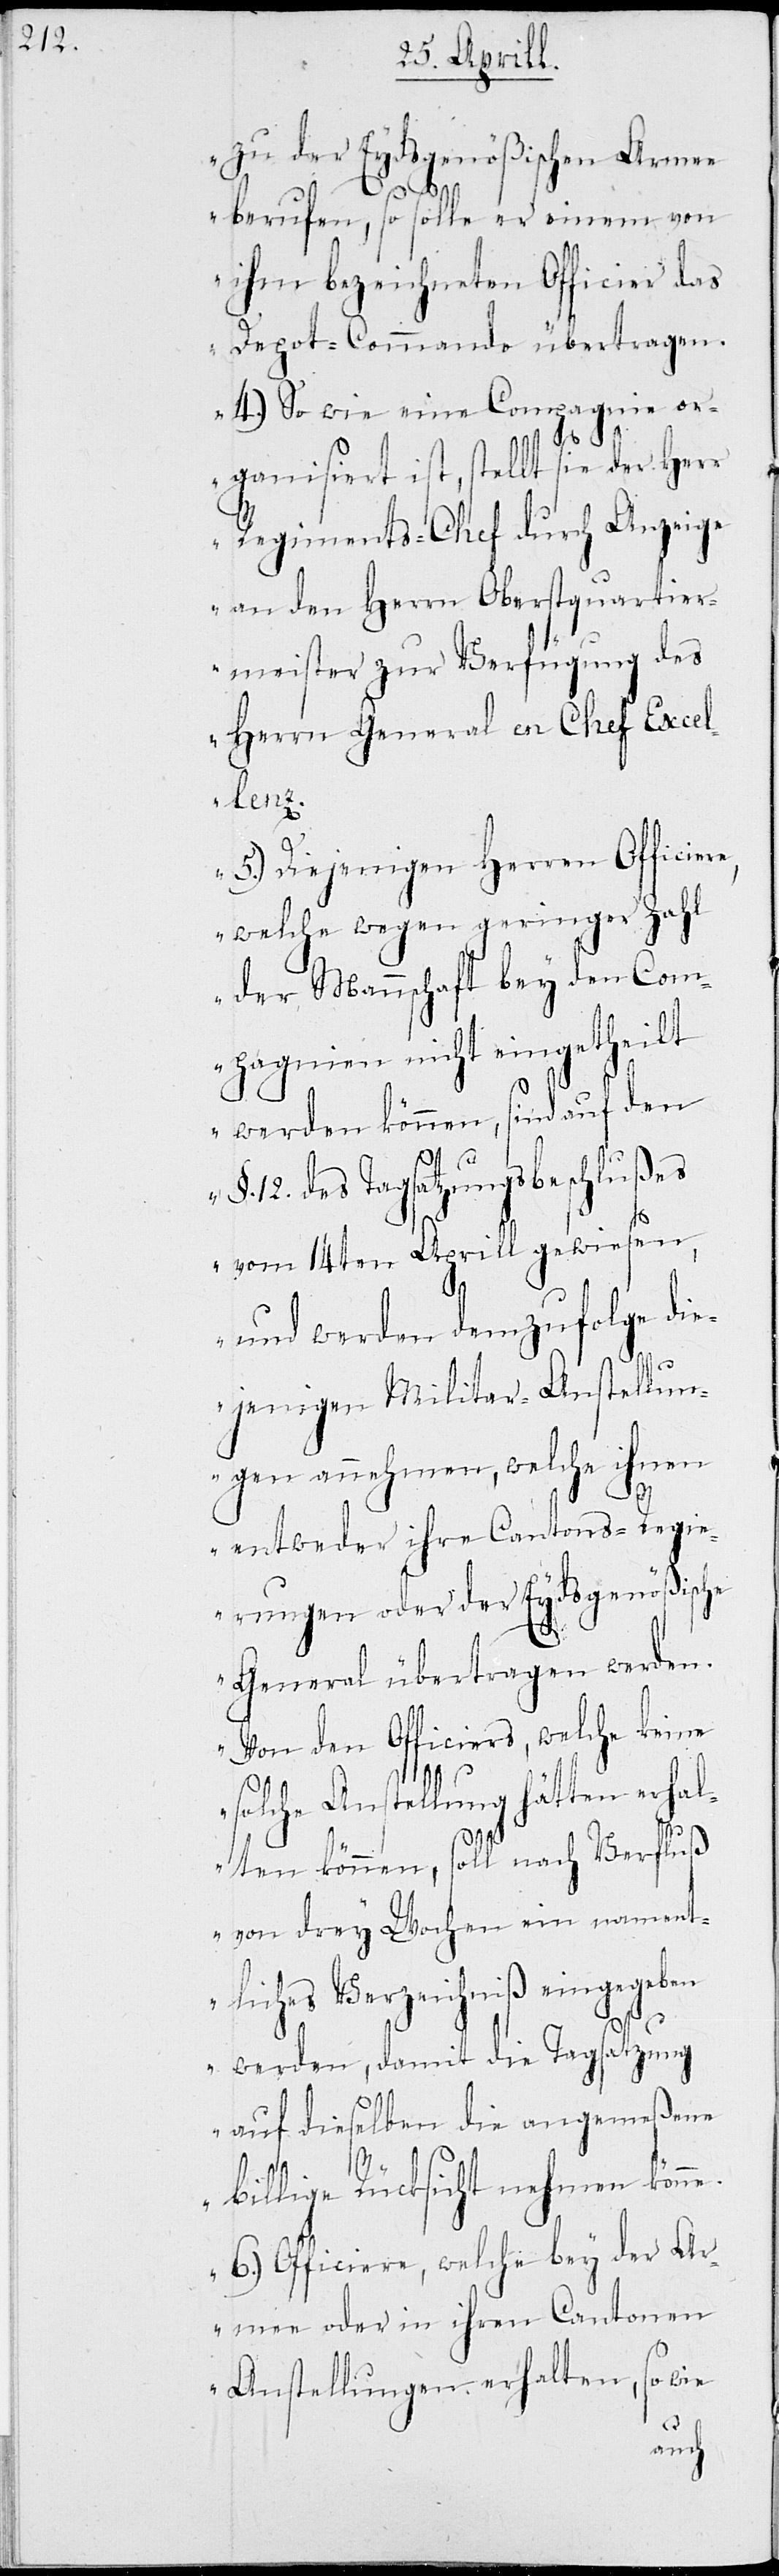
zu der Eydsgenößischen Armee
berufen, so solle er einem von
ihm bezeichneten Officier das
Depot-Commando übertragen.
4.) So wie eine Compagnie or¬
ganisiert ist, stellt sie der Herr
Regiments-Chef durch Anzeige
an den Herrn Oberstquartier¬
meister zur Verfügung des
Herrn General en Chef Excel¬
lenz.
5.) Diejenigen Herren Officier¬
e, welche wegen geringer Zahl
der Mannschaft bey den Com¬
pagnien nicht eingetheilt
werden können, sind auf den
§. 12. des Tagsatzungsbeschlußes
vom 14ten Aprill gewiesen,
und werden demzufolge di¬
ejenigen Militar-Anstellun¬
gen annehmen, welche ihnen
entweder ihre Cantons-Regi¬
erungen oder der Eydsgenößische
General übertragen werden.
Von den Officiers, welche keine
solche Anstellung hätten erhal¬
ten können, soll nach Verfluß
von drey Wochen ein nament¬
liches Verzeichniß eingegeben
werden, damit die Tagsatzung
auf dieselben die angemeßene
billige Rücksicht nehmen könne.
6.) Officiere, welche bey der Ar¬
mee oder in ihren Cantonen
Anstellungen erhalten, so wie